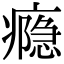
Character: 瘾